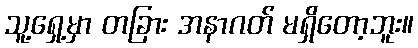
သူ့ရှေ့မှာ တခြား အနာဂတ် မရှိတော့ဘူး။